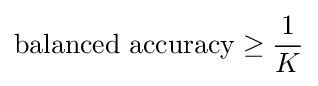
\mathrm {balanced\ accuracy} \geq {\frac {1}{K}}